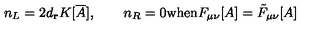
n _ { L } = 2 d _ { { \bf r } } K [ { \overline { A } } ] , \qquad n _ { R } = 0 \mathrm { w h e n } F _ { \mu \nu } [ A ] = \tilde { F } _ { \mu \nu } [ A ]